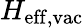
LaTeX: H_{\mathrm{eff,vac}}